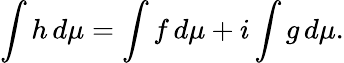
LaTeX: \int h\, d\mu=\int f\, d\mu+i\int g\, d\mu.